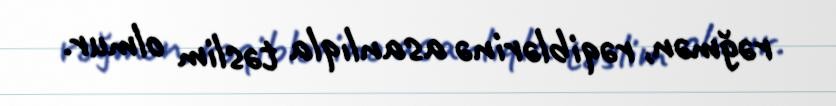
rəğmən, rəqiblərinə asanlıqla təslim olmur.